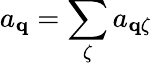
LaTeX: a_{\mathbf{q}}=\sum_{\zeta}a_{\mathbf{q}\zeta}